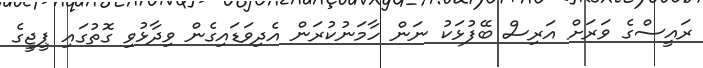
ރައީސްގެ ވަރަށް އަރިސް ބޭފުޅަކު ނަން ހާމަނުކުރަން އެދިވަޑައިގެން ވިދާޅުވި ގޮތުގައި ޕީޖީގެ